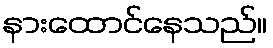
နားထောင်နေသည်။